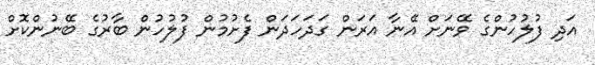
އަދި ފުލުހުންގެ ވޭނަށް އޭނާ އަރަން ގަދަހަދަން ފެށުމުން ފުލުހުން ބާރުގެ ބޭނުންކޮށް